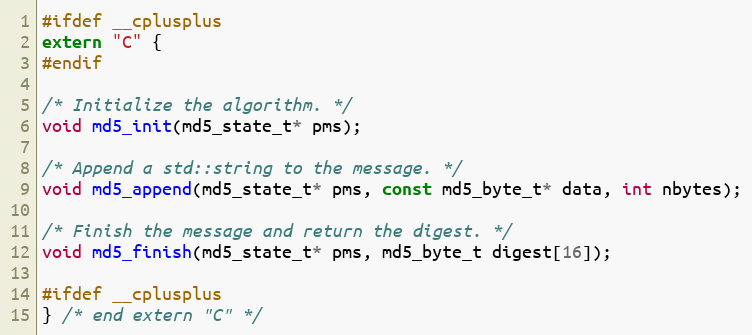
Language: C
#ifdef __cplusplus
extern "C" {
#endif

/* Initialize the algorithm. */
void md5_init(md5_state_t* pms);

/* Append a std::string to the message. */
void md5_append(md5_state_t* pms, const md5_byte_t* data, int nbytes);

/* Finish the message and return the digest. */
void md5_finish(md5_state_t* pms, md5_byte_t digest[16]);

#ifdef __cplusplus
} /* end extern "C" */